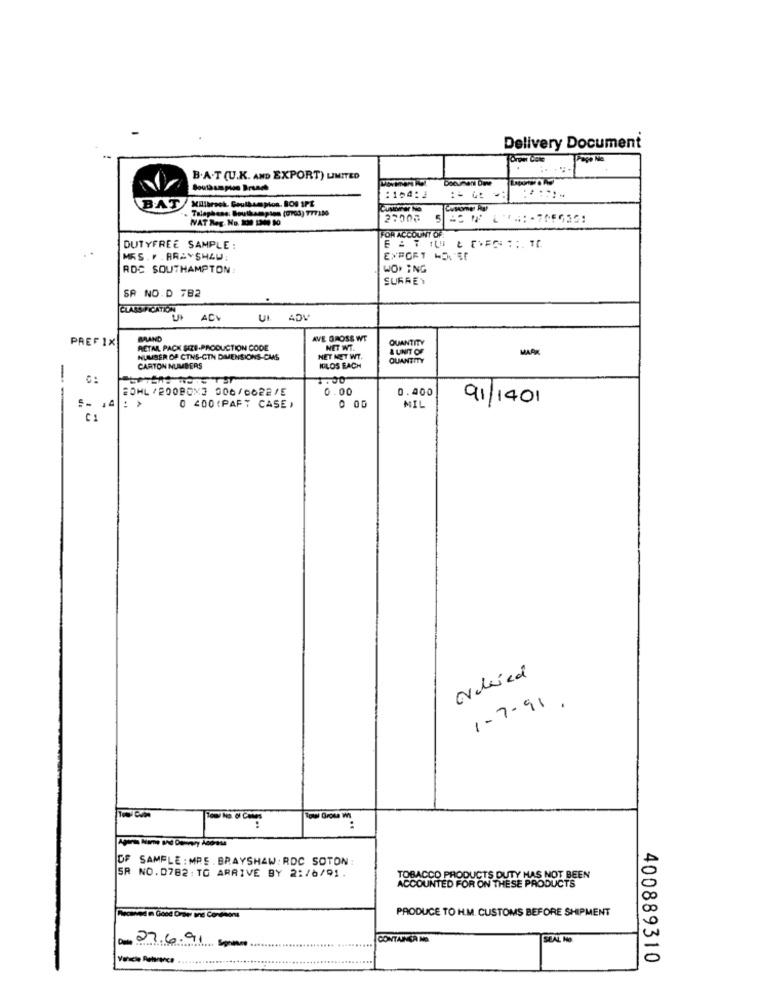
Delivery Document
B.A.T (U.K. AND EXPORT) LIMITED
Southampton Brunch
:164:
Millbrook. Southampton, BOS SPE
BAT
Talephans: Southampton (9103) 777130
Casome As
NAT Reg. No. 130 1300 10
27007
FOR ACCOUNT OF
DUTYFREE SAMPLE :
EXPORT MD,Er
RDC SOUTHAMPTON
WO. ING
SURREY
SA NO.D 782
CLASSIFICATION
ADV
PREFIX
BRAND
AVE GROSS WT
QUANTITY
RETAIL PACK SIZE-PRODUCTION CODE
NET WT.
& UNIT OF
MAAK
NUMBER OF CTNS-GTN DIMENSIONS-CMS
NET NET WT.
QUANTITY
CARTON NUMBERS
MILOS EACH
1.00
0.00
0.400
: >
91/1401
--
0 400 (PAF" CASE )
O
MIL
C1
1-7-91 .
DF SAMPLE : MRE . BRAYSHAW: RDC SOTON:
SR NO.0782: TO ARRIVE BY 2:/6/91.
TOBACCO PRODUCTS DUTY HAS NOT BEEN
ACCOUNTED FOR ON THESE PRODUCTS
PRODUCE TO H.M. CUSTOMS BEFORE SHIPMENT
De 07.6.91
CONTAINER NO
SEAL Ho
400889310